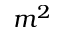
m ^ { 2 }